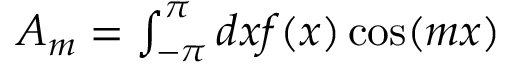
\begin{array} { r } { A _ { m } = \int _ { - \pi } ^ { \pi } d x f ( x ) \cos ( m x ) } \end{array}